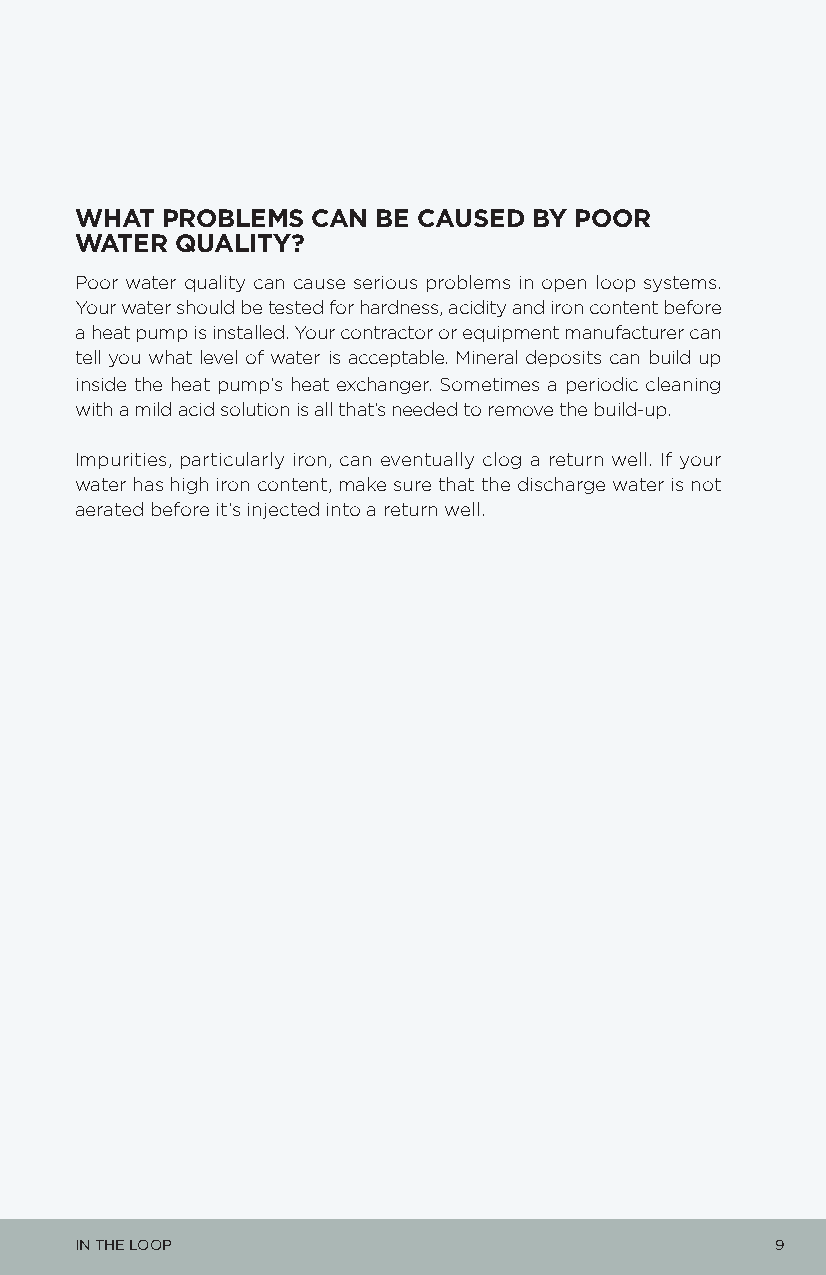
WHAT  PROBLEMS  CAN BE CAUSED BY POOR
 WATER  QUALITY?
 Poor water quality can cause serious problems in open loop systems.
 Your water should be tested for hardness, acidity and iron content before
 a heat pump is installed. Your contractor or equipment manufacturer can
 tell you what level of water is acceptable. Mineral deposits can build up
 inside the heat pump’s heat exchanger. Sometimes a periodic cleaning
 with a mild acid solution is all that’s needed to remove the build-up.
 Impurities, particularly iron, can eventually clog a return well. If your
 water has high iron content, make sure that the discharge water is not
 aerated before it’s injected into a return well.
 IN THE LOOP                                   9